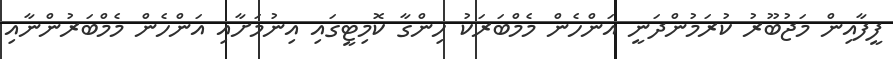
ފީފާއިން މަޖުބޫރު ކުރަމުންދަނީ އަންހެން މެމްބަރަކު ހިންގާ ކޮމިޓީގައި އިނުމަށާއި އަންހެން މެމްބަރުންނާއި